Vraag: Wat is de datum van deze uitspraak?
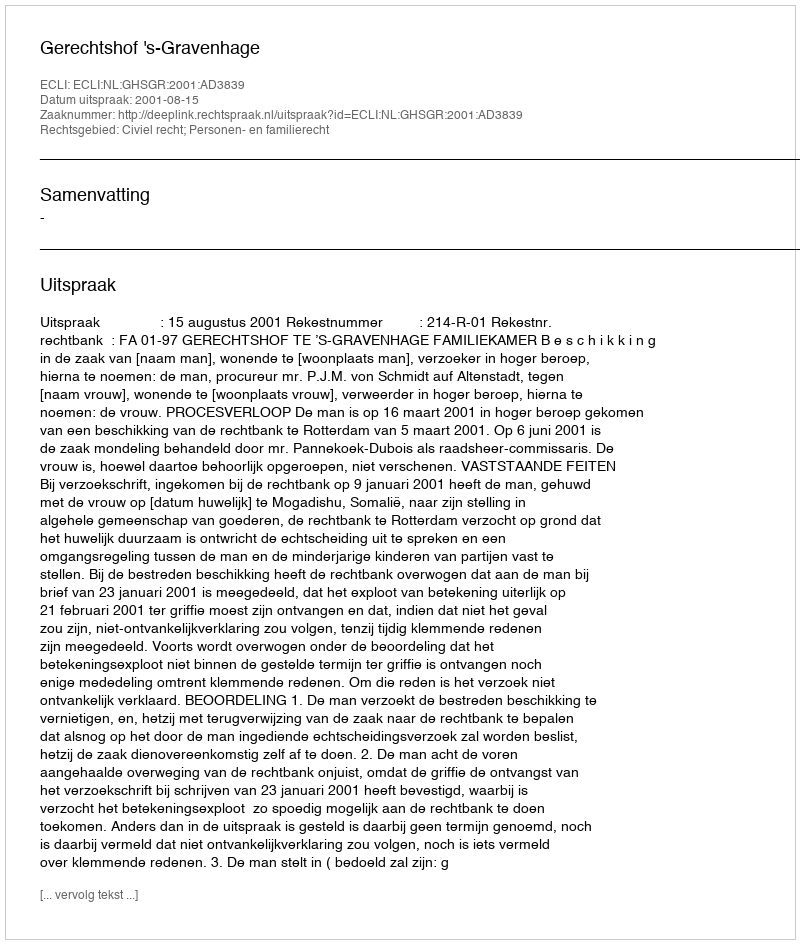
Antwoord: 2001-08-15